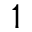
^ 1